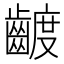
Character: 𮯍